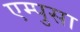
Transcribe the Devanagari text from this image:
एम्पुसा